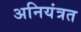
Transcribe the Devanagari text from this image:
अनियंत्रत